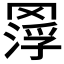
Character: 𦋵